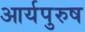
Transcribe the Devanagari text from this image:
आर्यपुरुष